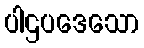
ပါဌပဒေသော